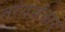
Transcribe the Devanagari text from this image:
तरंगसंचार